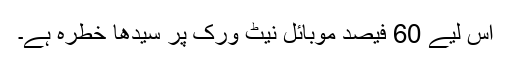
اس لیے 60 فیصد موبائل نیٹ ورک پر سیدھا خطرہ ہے۔